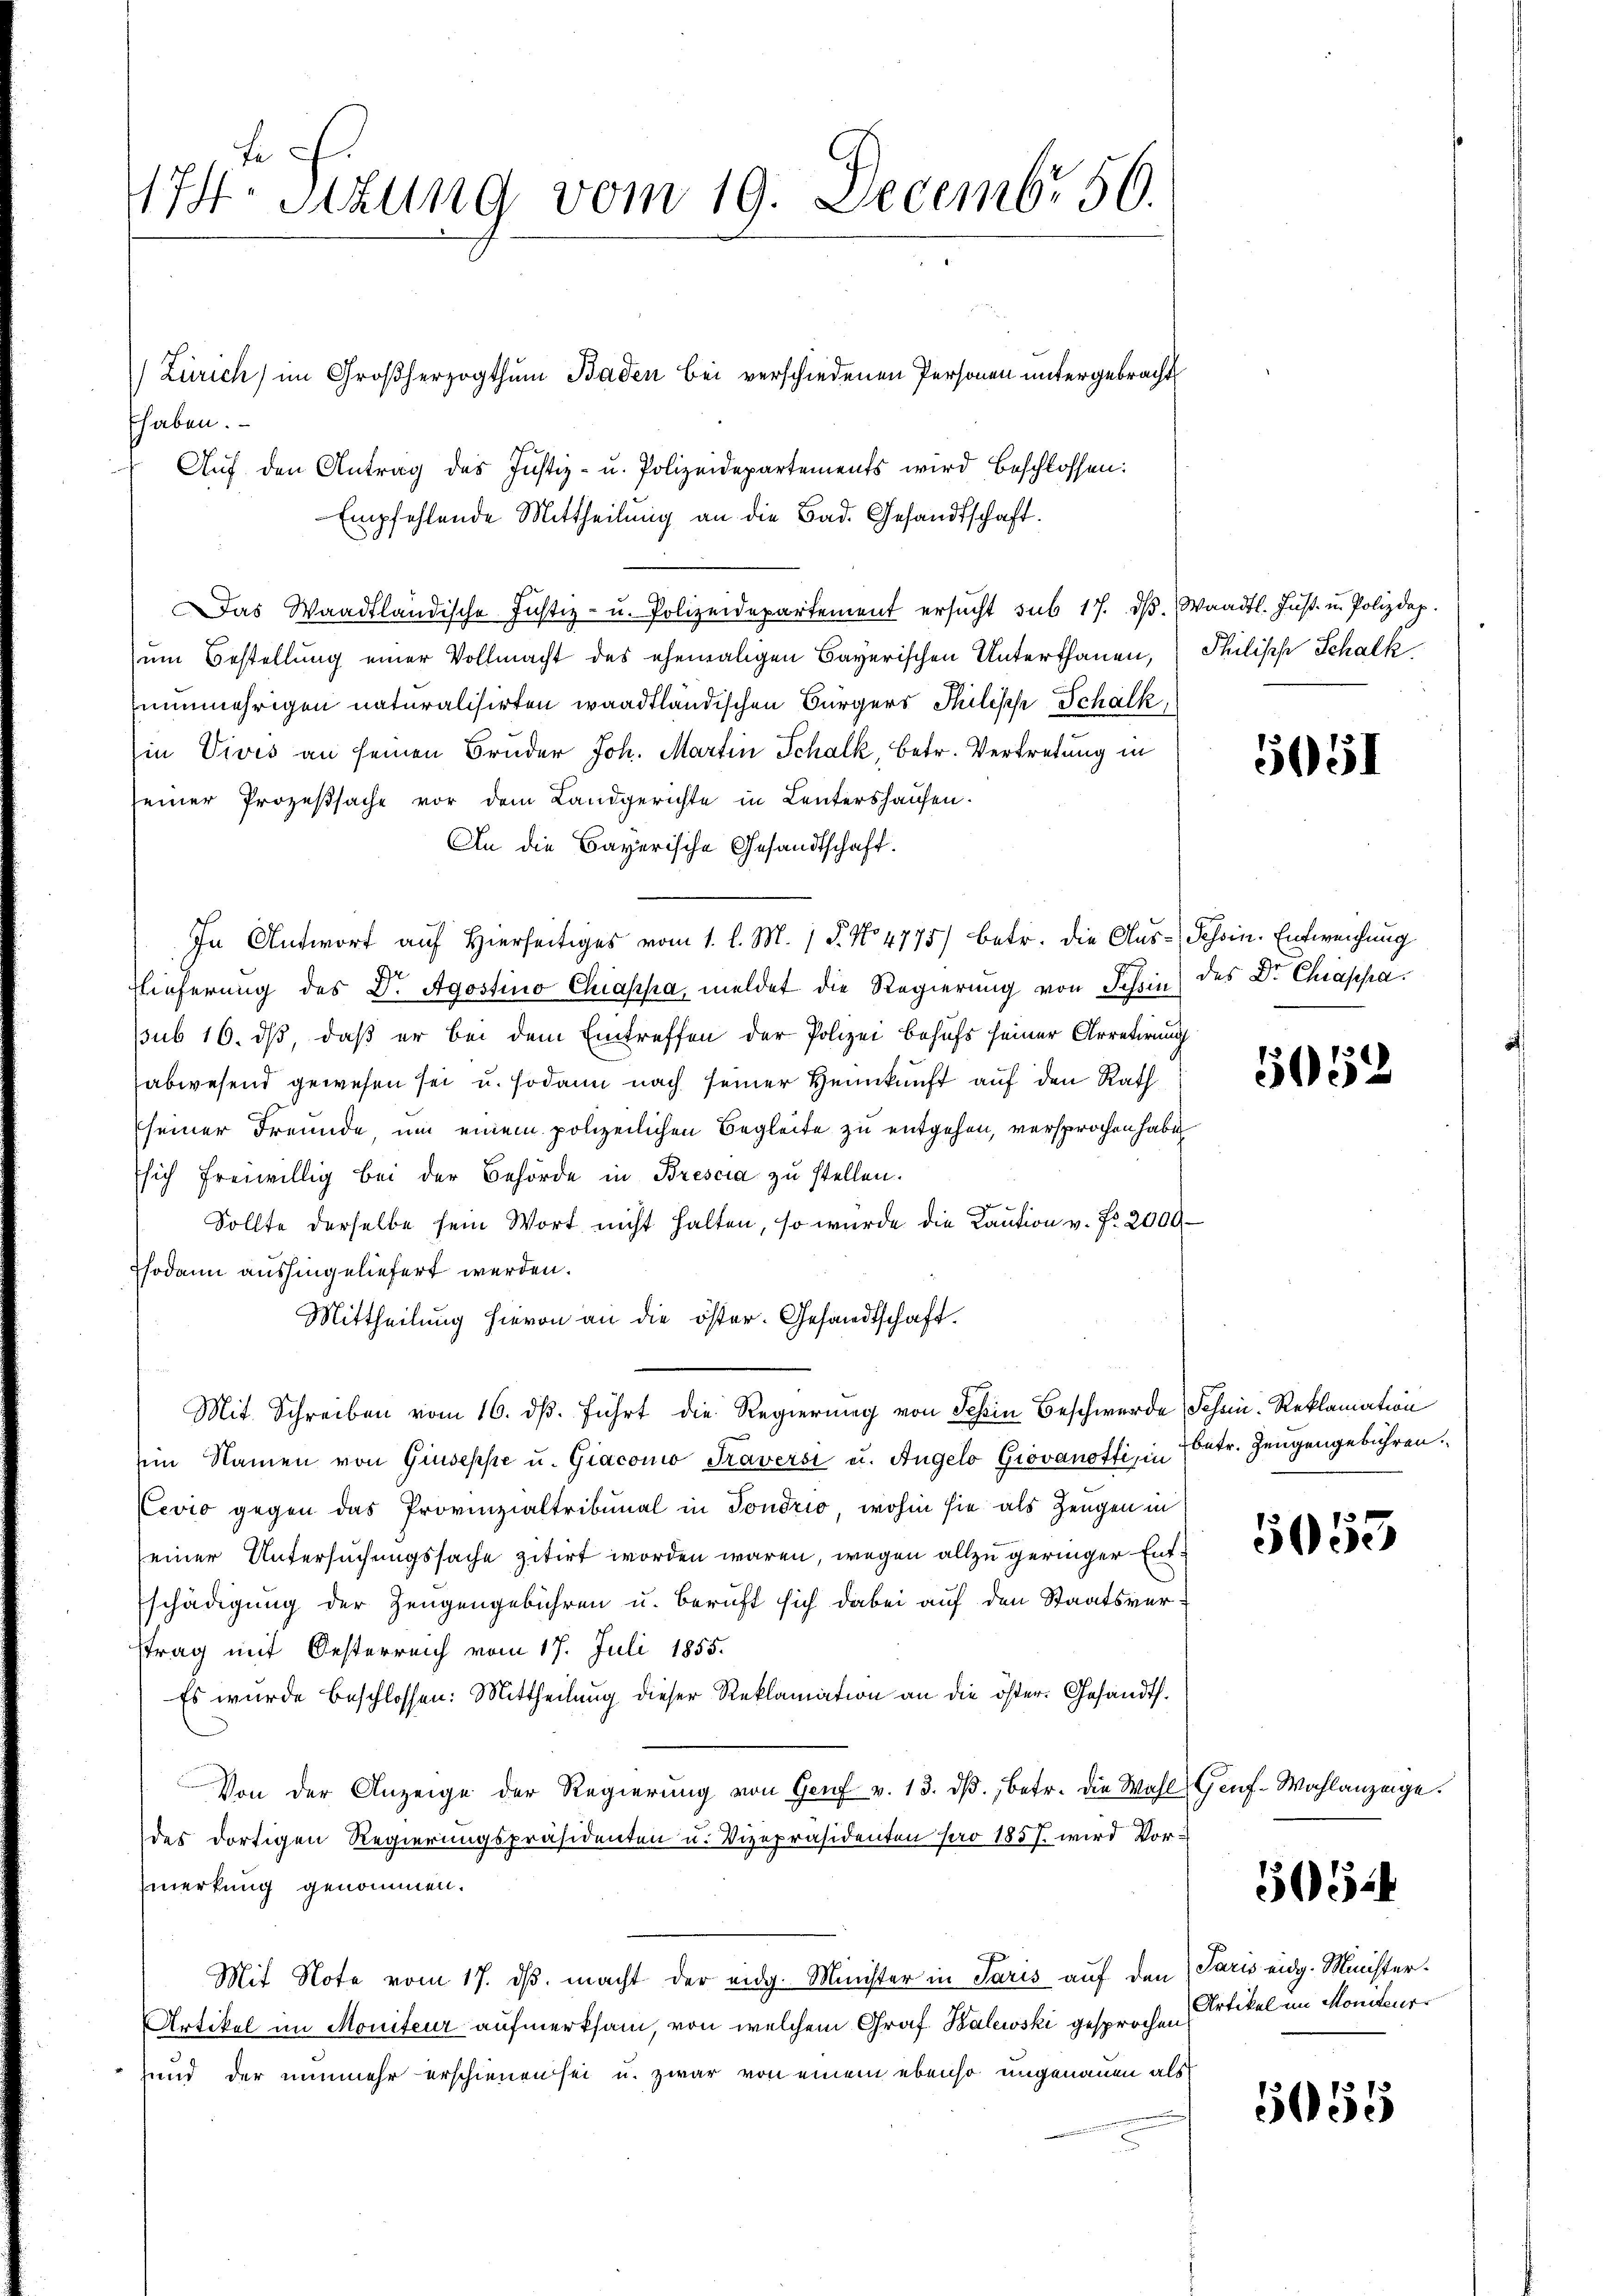
174. Sizung vom 19. Decembr 50.

haben.
Auf den Antrag des Justiz- u. Polizeidepartements wird beschlossen:
Empfehlende Mittheilung an die Bad. Gesandtschaft.
Das Waadtländische Justiz- u. Polizeidepartement ersŭcht sub 17. dβ. Waadt. Inst. u. Polizdap.
um Bestellung einer Vollmacht des ehemaligen Bayerischen Unterthanen, Philische Schalk
nunmehrigen naturalisirten waadtländischen Bürgers Thilisch-Schalk,
in Vives an seinen Bruder Joh. Martin Schalk, betr. Vertretung in
seiner Prozeβsache vor dem Landgerichte in Leutershausen.
An die Bayerische Gesandtschaft.
In Antwort auf Hierseitiges vom 1. l. M. 1 P. No. 4775) betr. die Aus-Schein. Entweichung
Elieferung des D. Agostino Chiappa, meldet die Regierung von Tessin
ssub 16. dβ, daß er bei dem Eintreffen der Polizei behufs seiner Arretirung
abwesend gewesen sei u. sodann nach seiner Heimkunft auf den Rath
seiner Freunde um einem polizeilichen Begleite zu entgehen, versprochen habe
ssich freiwillig bei der Behörde in Brescia zu stellen.
Sollte derselbe sein Wort nicht halten, so wurde die Kaution v. Fr. 2000
sodann aushingeliefert werden.
Mittheilung hievon an die öster. Gesandtschaft.
Mit Schreiben vom 16. dß. führt die Regierung von Schin Beschwerde Schon Reklamation
sein Namen von Giuseppe u. Giacono Traversi u. Angelo Giovanotti, in
Levio gegen das Provinzialtribunal in Sondrio, wohin sie als Zeugen in
einer Untersuchungssache zitirt worden wären, wegen allzu geringer Entschädigung der Zeugengebühren u. beruft sich dabei auf den Staatsver-
strag mit Oesterreich vom 17. Juli 1855.
Es wurde beschlossen: Mittheilŭng dieser Reklamation an die öster. Gesandt.
Von der Anzeige der Regierung von Genf v. 13. ds., betr. die Wahl Genf-Wahlanzeige.
des dortigen Regierungspräsidenten u. Vizepräsidenten pro 1857 wird Vor-
merkung genommen.
Mit Note vom 17. dβ. macht der eidg. Minister in Paris auf den Paris eidg. Minister¬
Artikel im Moniteur aufmerksam, von welchem Graf Kalewski gesprochen
und der nunmehr erschienen sei u. zwar von einem ebenso ungenannen als

Zürich) im Großherzogthum Baden bei verschiedenen Personen untergebracht

5051

des Dr. Chappa

52

betr. Zeugengebühren.

5055

52

Artikel im Moniteur

555